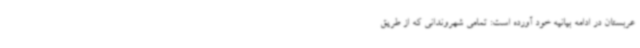
عربستان در ادامه بیانیه خود آورده است: تمامی شهروندانی که از طریق